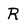
Character: R